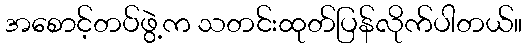
အစောင့်တပ်ဖွဲ့က သတင်းထုတ်ပြန်လိုက်ပါတယ်။